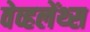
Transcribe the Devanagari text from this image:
वेव्हलेंथ्स